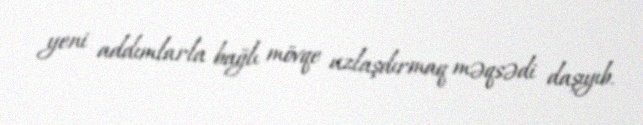
yeni addımlarla bağlı mövqe uzlaşdırmaq məqsədi daşıyıb.